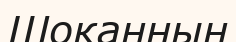
Шоқаннын